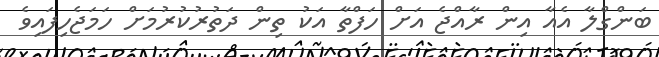
ބަންގްލާ އެއާ އިން ރާއްޖެ އަށް ހަފްތާ އަކު ތިން ދަތުރުކުރުމަށް ހަމަޖެހިފައިވެ